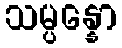
သမ္ပန္နော